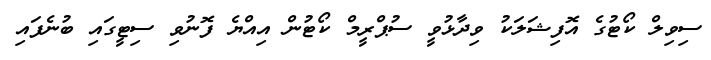
ސިވިލް ކޯޓުގެ އޮފިޝަލަކު ވިދާޅުވީ ސުޕްރީމް ކޯޓުން އިއްޔެ ފޮނުވި ސިޓީގައި ބުނެފައި